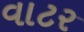
વાટર